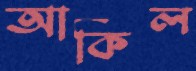
আকিল